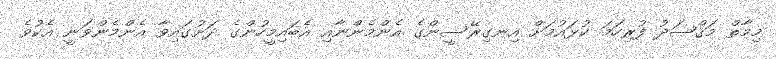
މިމާތް މަޤްޞަދު ފުރިހަމަ ކުޅައުމަށް އިނގިރޭސީންގެ އެންމެންނާއި އެބައިމީހުންގެ ދަށުގައިވާ އެންމެންވަނީ އެކުވެ